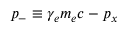
p _ { - } \equiv \gamma _ { e } m _ { e } c - p _ { x }